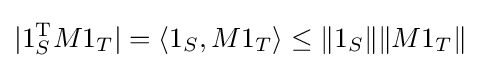
|1_{S}^{\operatorname {T} }M1_{T}|=\langle 1_{S},M1_{T}\rangle \leq \|1_{S}\|\|M1_{T}\|